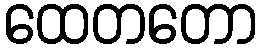
ထေတတော